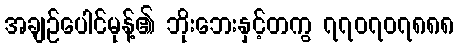
အချဉ်ပေါင်မုန့်၏ ဘိုးဘေးနှင့်တကွ ၇၇၀၇၀၇၈၈၈